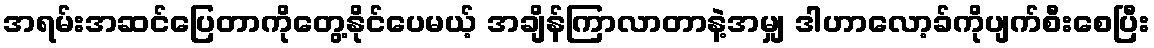
အရမ်းအဆင်ပြေတာကိုတွေ့နိုင်ပေမယ့် အချိန်ကြာလာတာနဲ့အမျှ ဒါဟာလော့ခ်ကိုပျက်စီးစေပြီး